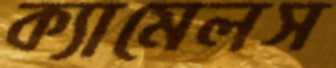
ক্যামেলস